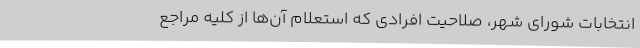
انتخابات شورای شهر، صلاحیت افرادی که استعلام آن‌ها از کلیه مراجع